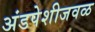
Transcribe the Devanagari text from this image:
अंडपेशीजवळ